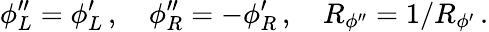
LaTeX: \phi_{L}^{\prime\prime}=\phi_{L}^{\prime}\, ,\quad\phi_{R}^{\prime\prime}=-\phi_{R}^{\prime}\, ,\quad R_{\phi^{\prime\prime}}=1/R_{\phi^{\prime}}\, .